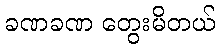
ခဏခဏ တွေးမိတယ်